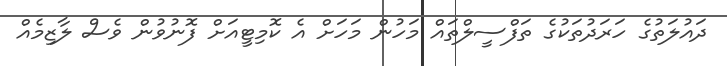
ދައުލަތުގެ ހަރަދުތަކުގެ ތަފްސީލްތައް މަހުން މަހަށް އެ ކޮމިޓީއަށް ފޮނުވުން ވެސް ލާޒިމެއް